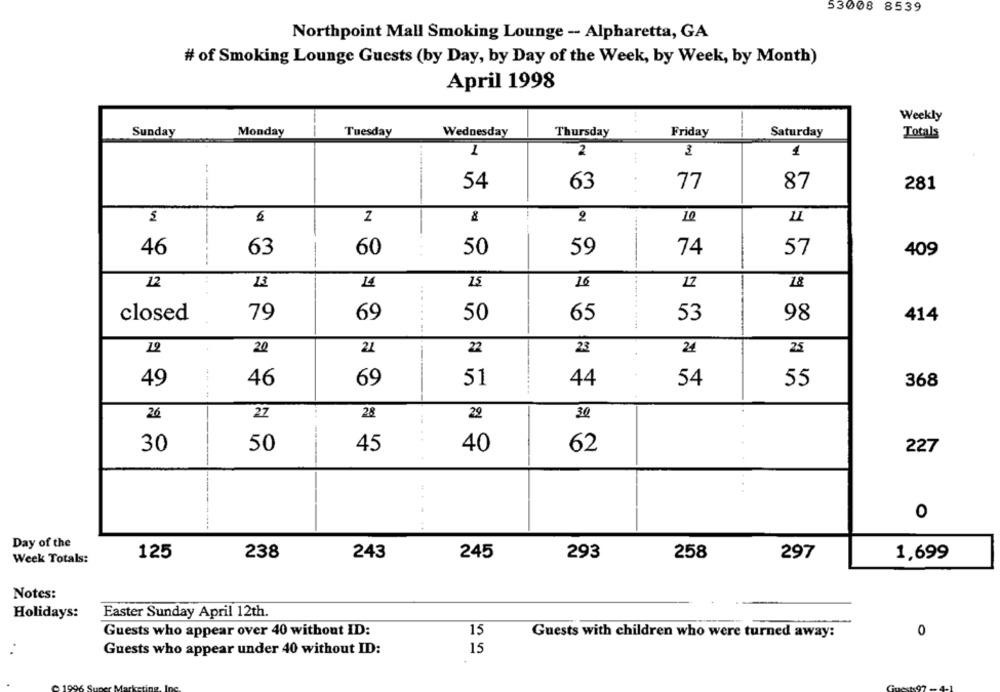
53008 8539
Northpoint Mall Smoking Lounge - Alpharetta, GA
# of Smoking Lounge Guests (by Day, by Day of the Week, by Week, by Month)
April 1998
Weekly
Monday
Tuesday
Sunday
Wednesday
Thursday
Friday
Saturday
Totals
3
1
1
2
54
63
77
87
281
..
---
2
10
--
46
63
60
50
59
74
57
409
12
13
14
15
16
12
18
closed
79
69
50
65
53
98
414
.......
12
20
21
22
23
24
25
44
49
46
69
51
54
55
368
26
27
28
29
30
30
50
45
40
62
227
O
Day of the
243
293
Week Totals:
125
238
245
258
297
1,699
Notes:
Holidays:
Easter Sunday April 12th.
Guests who appear over 40 without ID:
15
Guests with children who were turned away:
0
Guests who appear under 40 without ID:
15